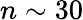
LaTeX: n\sim 30